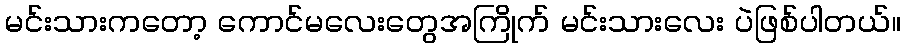
မင်းသားကတော့ ကောင်မလေးတွေအကြိုက် မင်းသားလေး ပဲဖြစ်ပါတယ်။